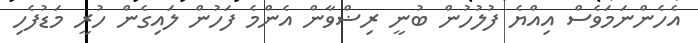
އެހެންނަމަވެސް އިއްޔެ ފުލުހުން ބުނީ ރިޟްވާން އެންމެ ފަހުން ލައިގެން ހުރީ މަޑުފެހި